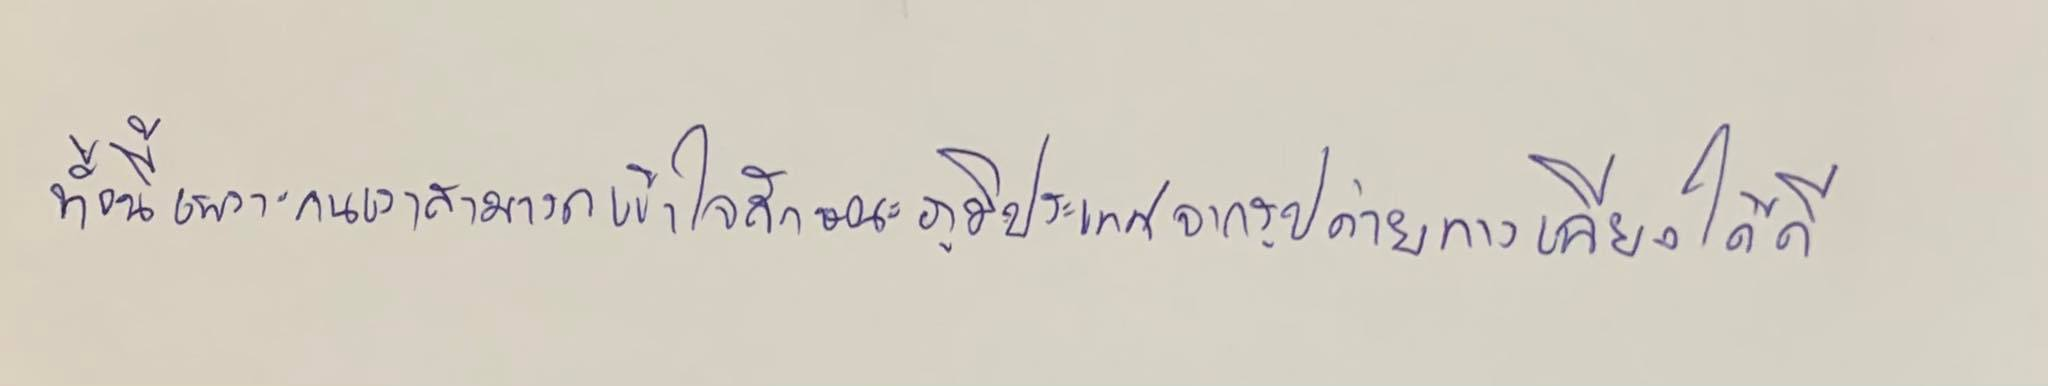
ทั้งนี้เพราะคนเราสามารถเข้าใจลักษณะภูมิประเทศจากรูปถ่ายทางเฉียงได้ดี